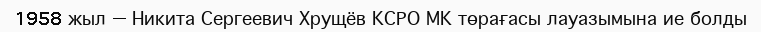
1958 жыл — Никита Сергеевич Хрущёв КСРО МК төрағасы лауазымына ие болды